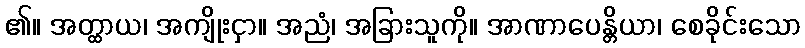
၏။ အတ္ထာယ၊ အကျိုးငှာ။ အညံ၊ အခြားသူကို။ အာဏာပေန္တိယာ၊ စေခိုင်းသော